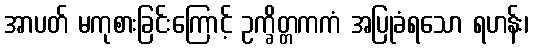
အာပတ် မကုစားခြင်းကြောင့် ဥက္ခိတ္တကကံ အပြုခံရသော ရဟန်း၊